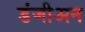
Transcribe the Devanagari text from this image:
डंजीअन